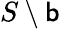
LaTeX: S\setminus\mathsf{b}